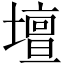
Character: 壇